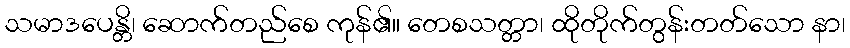
သမာဒပေန္တိ၊ ဆောက်တည်စေ ကုန်၏။ တေစသတ္တာ၊ ထိုတိုက်တွန်းတတ်သော နာ၊